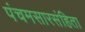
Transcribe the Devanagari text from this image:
पंचमसारसंहिता